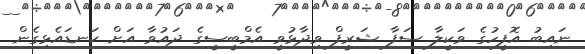
ނައިބު އޮފީހުގެ ވަކީލާ ސަފާ ޝަރީފް ވިދާޅުވީ އެމްބީސީގެ ދައުވާ އަށް ކަނޑައެޅިގެން